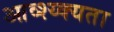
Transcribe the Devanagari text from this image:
आव्श्य्क्यता